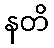
နတိ